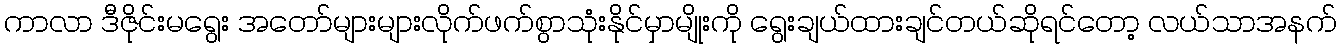
ကာလာ ဒီဇိုင်းမရွေး အတော်များများလိုက်ဖက်စွာသုံးနိုင်မှာမျိုးကို ရွေးချယ်ထားချင်တယ်ဆိုရင်တော့ လယ်သာအနက်